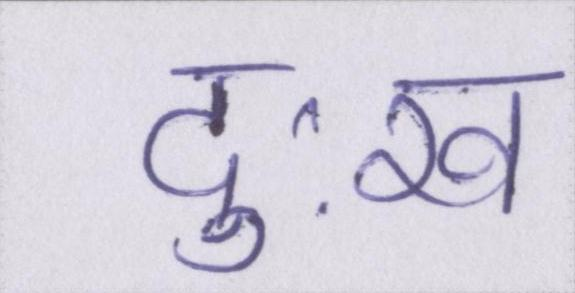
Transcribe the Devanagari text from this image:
दुःख